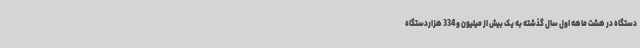
دستگاه در هشت ماهه اول سال گذشته به یک بیش از میلیون و 334 هزاردستگاه